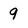
Character: 9